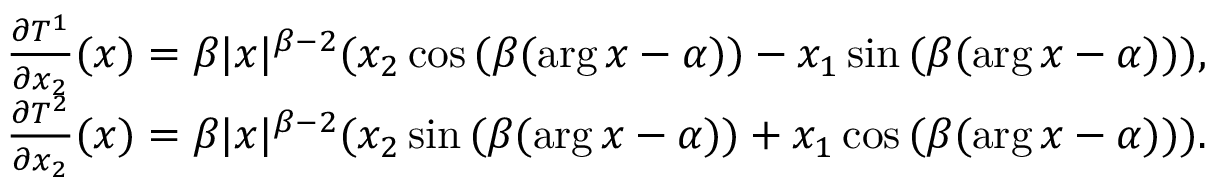
\begin{array} { r } { \frac { \partial T ^ { 1 } } { \partial x _ { 2 } } ( x ) = \beta | x | ^ { \beta - 2 } ( x _ { 2 } \cos { ( \beta ( \arg x - \alpha ) ) } - x _ { 1 } \sin { ( \beta ( \arg x - \alpha ) ) } ) , } \\ { \frac { \partial T ^ { 2 } } { \partial x _ { 2 } } ( x ) = \beta | x | ^ { \beta - 2 } ( x _ { 2 } \sin { ( \beta ( \arg x - \alpha ) ) } + x _ { 1 } \cos { ( \beta ( \arg x - \alpha ) ) } ) . } \end{array}